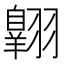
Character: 𫅱